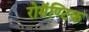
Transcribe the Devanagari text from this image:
रोमॅण्टिक